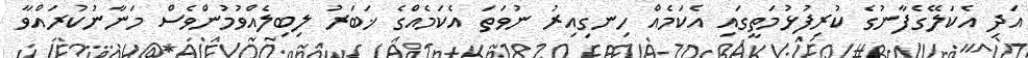
އަދި އެކަލޭގެފާނުގެ ކުރިފުޅުމަތީގައި އެކަމެއް ހިނގިއިރު ނުވަތަ އެކަމެއްގެ ޚަބަރު ލިބިލެއްވުމުންވެސް މަނާނުކުރައްވާ